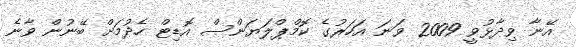
އޭނާ ވިދާޅުވީ 2009 ވަނަ އަހަރުގެ ކޮމްޕްލަޔަންސް އޮޑިޓް ހެދުމަށް ބޭނުން ވާނެ